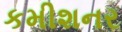
કમીશનર